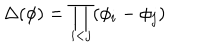
LaTeX: \Delta ( \phi ) = \prod _ { i < j } ( \phi _ { i } - \phi _ { j } )